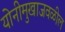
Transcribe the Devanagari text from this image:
योनीमुखाजवळील